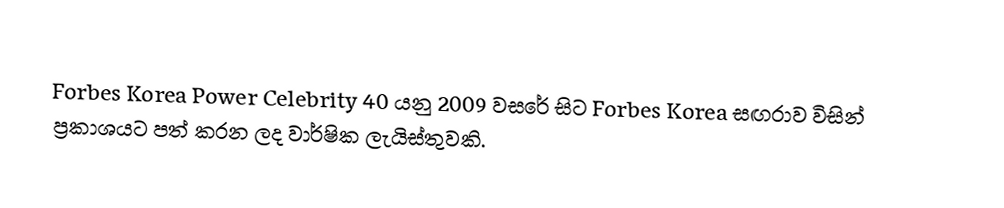
Forbes Korea Power Celebrity 40 යනු 2009 වසරේ සිට Forbes Korea සඟරාව විසින් ප්‍රකාශයට පත් කරන ලද වාර්ෂික ලැයිස්තුවකි.